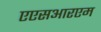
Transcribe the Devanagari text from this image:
एएसआरएम